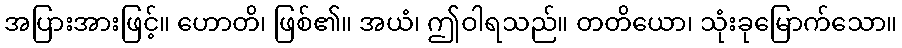
အပြားအားဖြင့်။ ဟောတိ၊ ဖြစ်၏။ အယံ၊ ဤဝါရသည်။ တတိယော၊ သုံးခုမြောက်သော။